Vaccination in Bombay 1863-1868 - 1863-1868
Year: 1863
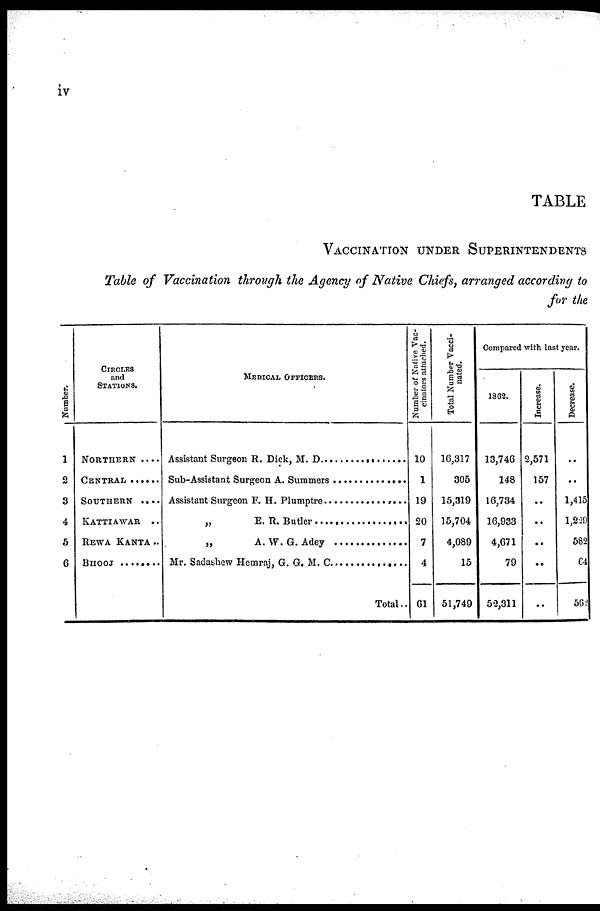
iv
TABLE
VACCINATION UNDER SUPERINTENDENTS
Table of Vaccination through the Agency of Native Chiefs, arranged according to
for the
Number.
1
2
3
4
5
6
CIRCLES
and
STATIONS.
NORTHERN ....
CENTRAL ........
SOUTHERN ....
KATTIAWAR ..
REWA KANTA ..
BHOOJ .........
MEDICAL OFFICERS.
Assistant Surgeon R. Dick, M. D. ................
Sub-Assistant Surgeon A. Summers .........
Assistant Surgeon F. H. Plumptre .................
„ E. R. Butler ...............
„ A. W. G. Adey .......................
Mr. Sadashew Hemraj, G. G. M.
C....................
Total..
Number of Native Vac-
cinators attached.
10
1
19
20
7
4
61
Total Number Vacci-
nated.
16,317
305
15,319
15,704
4,089
15
51,749
Compared with last year.
1862.
13,746
148
16,734
16,933
4,671
79
52,311
Increase.
2,571
157
..
..
..
..
..
Decrease.
..
..
1,415
1,229
582
64
562